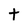
Character: t